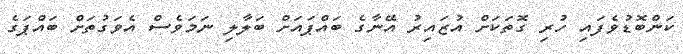
ކަންބޮޑުވެފައި ހުރި ގޮތަކަށް އުޒައިރު އޭނާގެ ބައްޕައަށް ބަލާލި ނަމަވެސް އެވަގުތަށް ބައްޕަގެ